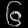
Digit: ၆